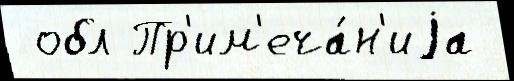
 обл Пр'им'еча́н'иjа